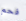
فحم